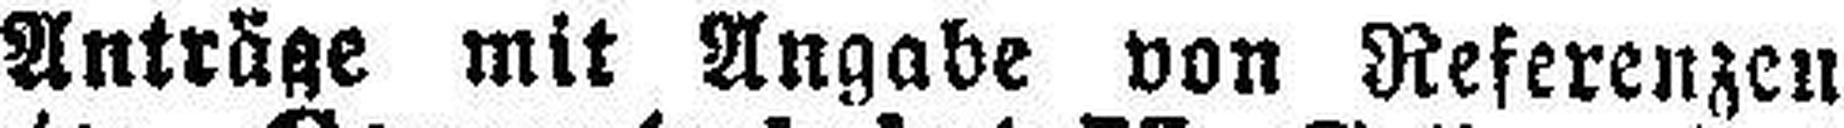
Anträge mit Angabe von Referenzen